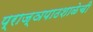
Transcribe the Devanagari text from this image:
प्राज्ञपाठशाळेची